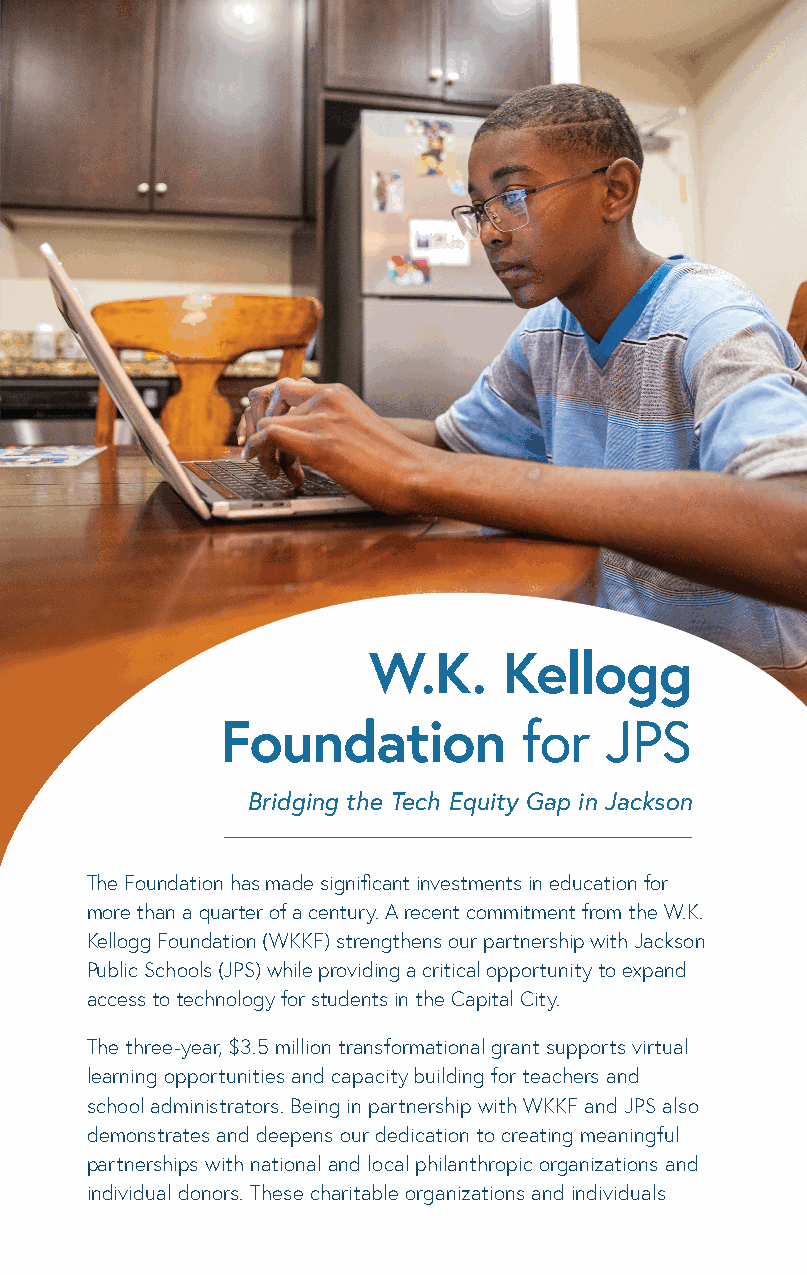
W.K.     Kellogg
 Foundation         for   JPS
 Bridging the Tech Equity Gap in Jackson
 The Foundation has made significant investments in education for
 more than a quarter of a century. A recent commitment from the W.K.
 Kellogg Foundation (WKKF) strengthens our partnership with Jackson
 Public Schools (JPS) while providing a critical opportunity to expand
 access to technology for students in the Capital City.
 The three-year, $3.5 million transformational grant supports virtual
 learning opportunities and capacity building for teachers and
 school administrators. Being in partnership with WKKF and JPS also
 demonstrates and deepens our dedication to creating meaningful
 partnerships with national and local philanthropic organizations and
 individual donors. These charitable organizations and individuals